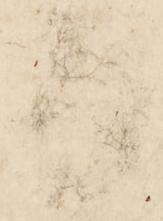
拝